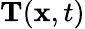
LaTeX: {\mathbf T}({\mathbf x},t)